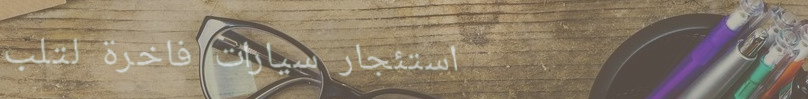
استئجار سيارات فاخرة لتلب